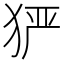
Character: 𤞤